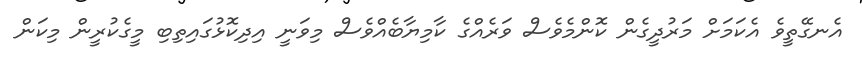
އެނގޭތީވެ އެކަމަށް މަރުދީގެން ކޮންމެވެސް ވަރެއްގެ ކާމިޔާބެއްވެސް މިވަނީ އިދިކޮޅުގައިތިބި މީގެކުރީން މިކަން